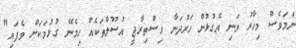
ނަމަވެސް މިހާރު ވަނި އެގުޅުން ހަރުދަނާ އިސްތިރާޖީ އުސޫލްތަކެއް ހިމެނޭ ގުޅުމަކަށް ވެފައި"